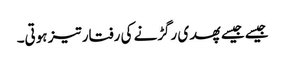
جیسے جیسے پھدی رگڑنے کی رفتار تیز ہوتی۔